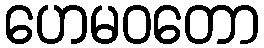
ဟေမဝတော